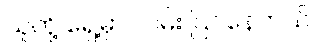
သူတို့ ရှေ့မှာ လမ်း ပြင်နေတယ်။